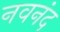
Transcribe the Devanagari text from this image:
नवनंद